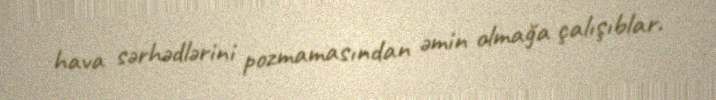
hava sərhədlərini pozmamasından əmin olmağa çalışıblar.